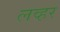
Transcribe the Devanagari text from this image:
लव्हर